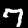
Label: 7